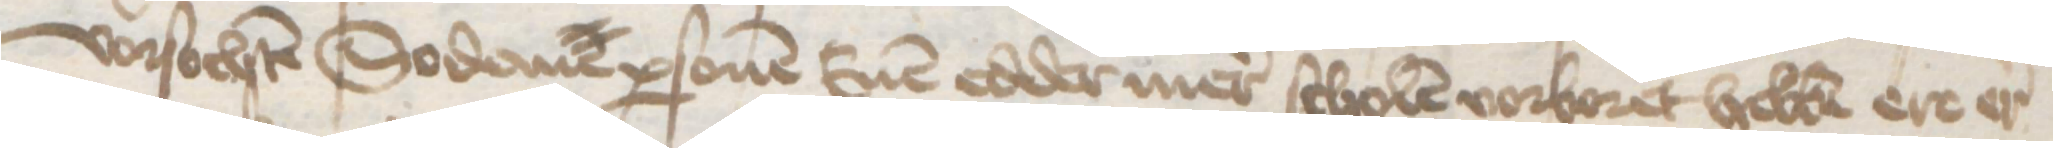
vorsochten Sodane personen Enen edder mer scholten vorboret hebben ere er